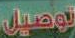
توصيل